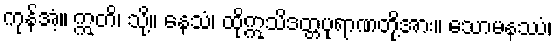
ကုန်အံ့။ ဣတိ၊ သို့။ နေသံ၊ ထိုဣသိဒတ္တပုရာဏတို့အား။ သောမနဿံ၊